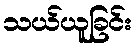
သယ်ယူခြင်း